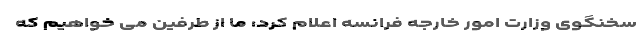
سخنگوی وزارت امور خارجه فرانسه اعلام کرد: ما از طرفین می خواهیم که